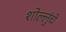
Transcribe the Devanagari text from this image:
शोल्लुंचे